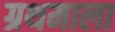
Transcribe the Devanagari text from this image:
ग्रथमाला